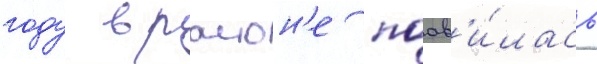
году в раион'е поав'и́лась